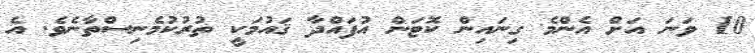
10 ވަނަ އަށް އެންމެ ގިނައިން ކޮޓަން އުފައްދާ ޤައުމަކީ ތުރުކުމެނިސްތާނެވެ. އެ